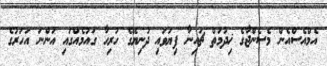
އެމްއެސްއެން މެސެންޖާގެ ޚިދުމަތް ޗައިނާ ފިޔަވައި ދުނިޔޭގެ ހުރިހާ ގައުމެއްގައި އަންނަ އަހަރުގެ